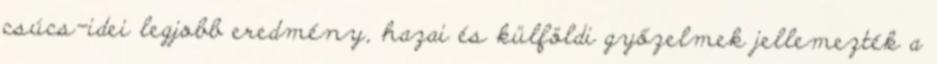
csúcs-idei legjobb eredmény, hazai és külföldi győzelmek jellemezték a